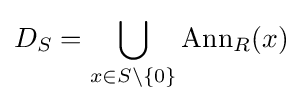
D_{S}=\bigcup _{x\in S\setminus \{0\}}{\mathrm {Ann} _{R}(x)}